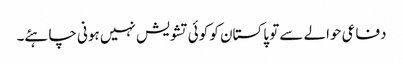
دفاعی حوالے سے تو پاکستان کو کوئی تشویش نہیں ہونی چاہئے۔